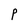
Character: P